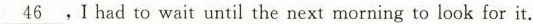
\underline{46},I had to wait until the next morning to look for it.